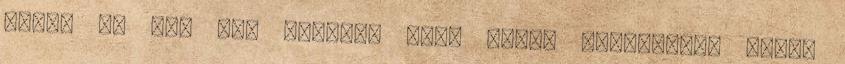
akkor ne azt add címnek, hogy miért bunyóznak, hanem